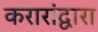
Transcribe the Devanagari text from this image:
करारांद्वारा